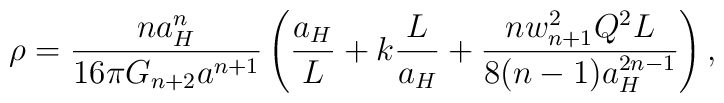
\rho={{na^n_H}\over{16\pi G_{n+2}a^{n+1}}}\left({a_H\over L}+k{L\over a_H}+{{nw^2_{n+1}Q^2L}\over{8(n-1)a^{2n-1}_H}}\right),